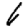
Digit: 6